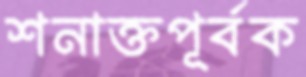
শনাক্তপূর্বক